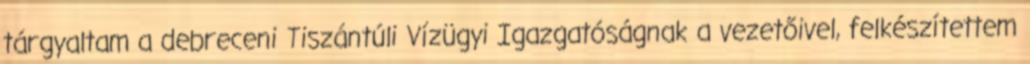
tárgyaltam a debreceni Tiszántúli Vízügyi Igazgatóságnak a vezetőivel, felkészítettem